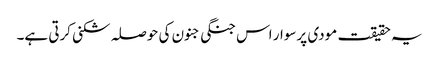
یہ حقیقت مودی پرسوار اس جنگی جنون کی حوصلہ شکنی کرتی ہے۔